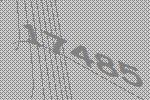
17485